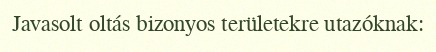
Javasolt oltás bizonyos területekre utazóknak: